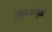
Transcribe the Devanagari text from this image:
दुष्कृत्यांमुळे